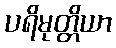
ပရိမုတ္တိယာ